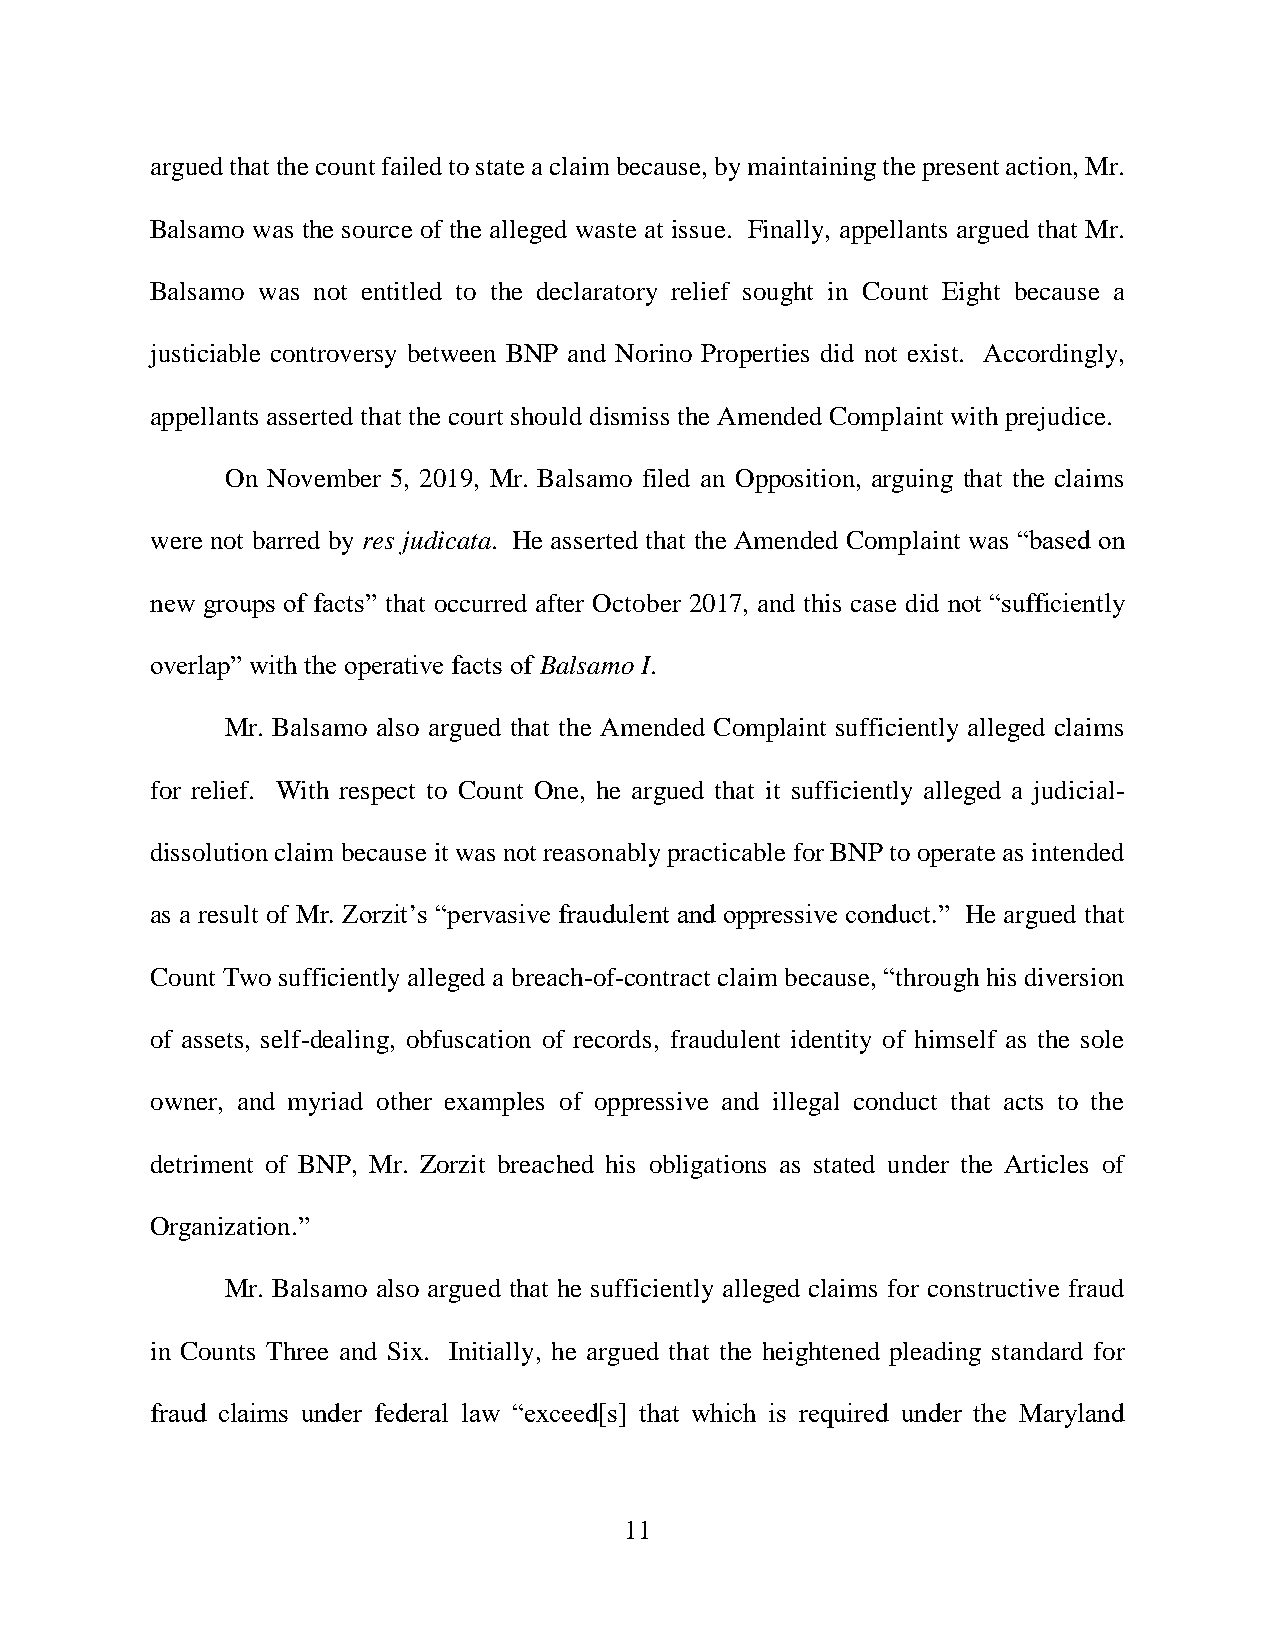
argued that the count failed to state a claim because, by maintaining the present action, Mr.
 Balsamo was the source of the alleged waste at issue. Finally, appellants argued that Mr.
 Balsamo was not entitled to the declaratory relief sought in Count Eight because a
 justiciable controversy between BNP and Norino Properties did not exist. Accordingly,
 appellants asserted that the court should dismiss the Amended Complaint with prejudice.
 On November 5, 2019, Mr. Balsamo filed an Opposition, arguing that the claims
 were not barred by res judicata. He asserted that the Amended Complaint was “based on
 new groups of facts” that occurred after October 2017, and this case did not “sufficiently
 overlap” with the operative facts of Balsamo I.
 Mr. Balsamo also argued that the Amended Complaint sufficiently alleged claims
 for relief. With respect to Count One, he argued that it sufficiently alleged a judicial-
 dissolution claim because it was not reasonably practicable for BNP to operate as intended
 as a result of Mr. Zorzit’s “pervasive fraudulent and oppressive conduct.” He argued that
 Count Two sufficiently alleged a breach-of-contract claim because, “through his diversion
 of assets, self-dealing, obfuscation of records, fraudulent identity of himself as the sole
 owner, and myriad other examples of oppressive and illegal conduct that acts to the
 detriment of BNP, Mr. Zorzit breached his obligations as stated under the Articles of
 Organization.”
 Mr. Balsamo also argued that he sufficiently alleged claims for constructive fraud
 in Counts Three and Six. Initially, he argued that the heightened pleading standard for
 fraud claims under federal law “exceed[s] that which is required under the Maryland
 11